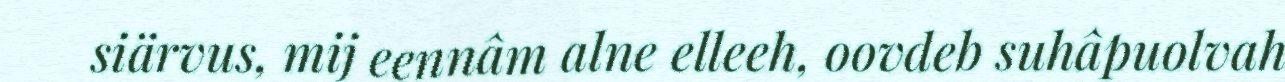
siärvus, mij eennâm alne elleeh, oovdeb suhâpuolvah